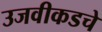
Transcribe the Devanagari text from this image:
उजवीकडचे